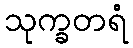
သုက္ခတရံ